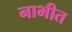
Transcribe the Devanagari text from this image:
नाभीत